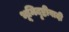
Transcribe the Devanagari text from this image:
भूमिदृष्टीवादी